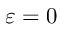
\varepsilon = 0